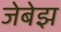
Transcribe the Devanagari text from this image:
जेबेझ